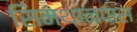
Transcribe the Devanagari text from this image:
सिमथानपास